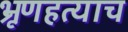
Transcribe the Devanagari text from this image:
भ्रूणहत्याच